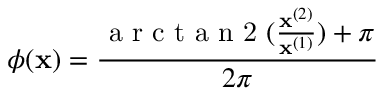
\phi ( \mathbf { x } ) = \frac { \mathrm { ~ a ~ r ~ c ~ t ~ a ~ n ~ 2 ~ } ( \frac { \mathbf { x } ^ { ( 2 ) } } { \mathbf { x } ^ { ( 1 ) } } ) + \pi } { 2 \pi }